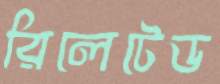
রিলেটেড